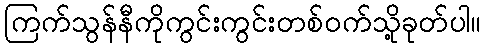
ကြက်သွန်နီကိုကွင်းကွင်းတစ်ဝက်သို့ခုတ်ပါ။